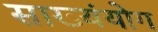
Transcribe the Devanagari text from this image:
साख्यंयोग